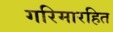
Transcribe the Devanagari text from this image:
गरिमारहित